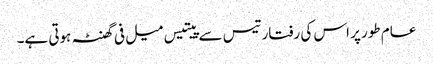
عام طور پر اس کی رفتار تیس سے پیتیس میل فی گھنٹہ ہوتی ہے۔